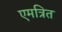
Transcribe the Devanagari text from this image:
एमत्रित